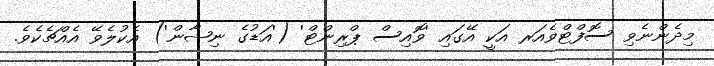
މިދެންނެވި ސޮފްޓްވެއަރ އަކީ އޭގައި 'ވޮއިސް ޕްރިންޓް' ('އަޑުގެ ނިޝާން') އެކުލެވޭ އެއްޗެކެވެ.